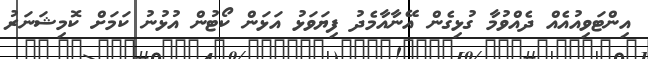
އިންޓަވިއުއެއް ދެއްވުމާ ގުޅިގެން އޭނާއާމެދު ފިޔަވަޅު އަޅަން ކޯޓުން އުޅުނު ކަމަށް ކޮމިޝަނަރު